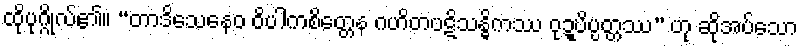
ထိုပုဂ္ဂိုလ်၏။ “တာဒိသေနေဝ ဝိပါကစိတ္တေန ဂဟိတပဋိသန္ဓိကဿ ဝုဍ္ဎိပ္ပတ္တဿ” ဟု ဆိုအပ်သော